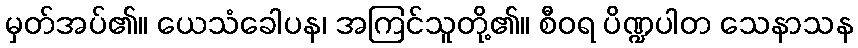
မှတ်အပ်၏။ ယေသံခေါပန၊ အကြင်သူတို့၏။ စီဝရ ပိဏ္ဍပါတ သေနာသန